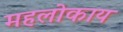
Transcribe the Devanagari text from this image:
महलोकाय